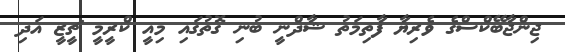
ޖިންޖާބޭކްސްގެ ވެރިޔާ ފާތިމަތު ޝާދްނީ ބުނި ގޮތުގައި މިއީ ކްރީމީ ޗީޒީ އަދި